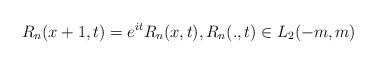
LaTeX: \begin{align*}R_{n}(x+1,t)=e^{it}R_{n}(x,t),R_{n}(.,t)\in L_{2}(-m,m)\end{align*}